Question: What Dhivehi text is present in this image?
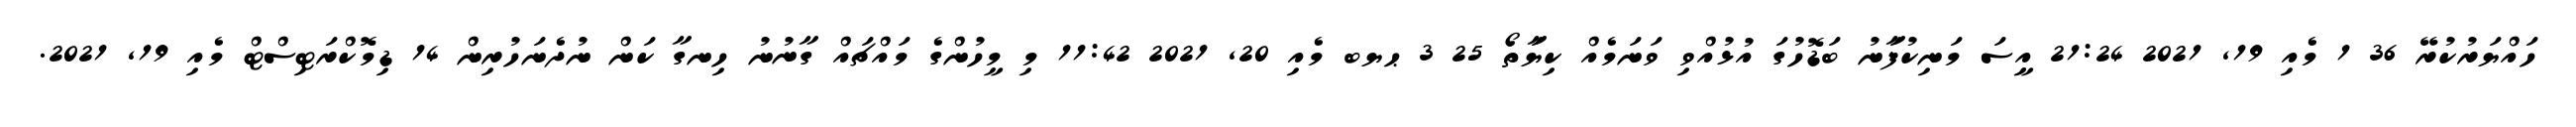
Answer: ހައްޔަރުކުރޭ 36 1 މެއި 19, 2021 21:24 އިީސަ މަނިކުފަާނު ބަޑޮހުގަ އުޅުއްވި ވަނަމެއް ކިޔަާތޯ 25 3 ޙޔބ މެއި 20, 2021 11:42 މި މީހުންގެ މައްޗައް ގާނުނު ހިނގާ ކަން ނުދެނަހުރިން 14 ޑިމޮކްރަޓިސްޓް މެއި 19, 2021.